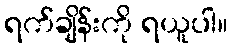
ရက်ချိန်းကို ရယူပါ။